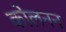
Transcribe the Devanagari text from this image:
कोलनन